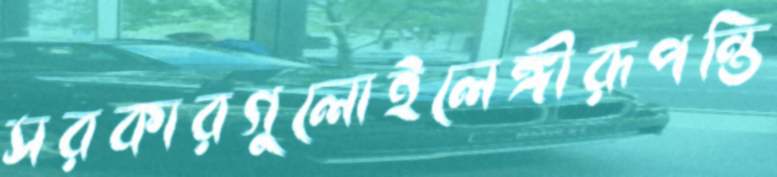
সরকারগুলোইলেঙ্গীরূপন্তি